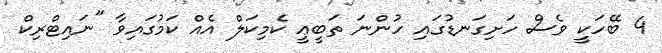
4 ބޭހަކީ ވެސް ހަށިގަނޑުގައި ހުންނަ ތަބީޢީ ކެމިކަލް އެއް ކަމުގައިވާ "ނައިޓްރިކް